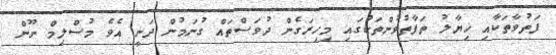
ފަތުވާތަކާއި ޚިޔާލު ތަފާތުވުންތަކުގައި މިހިރަގެން ދުވަސްތައް ގުނަމުން ދަނީ އެވެ މުސްލިމް ނޫން